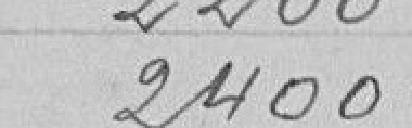
2400